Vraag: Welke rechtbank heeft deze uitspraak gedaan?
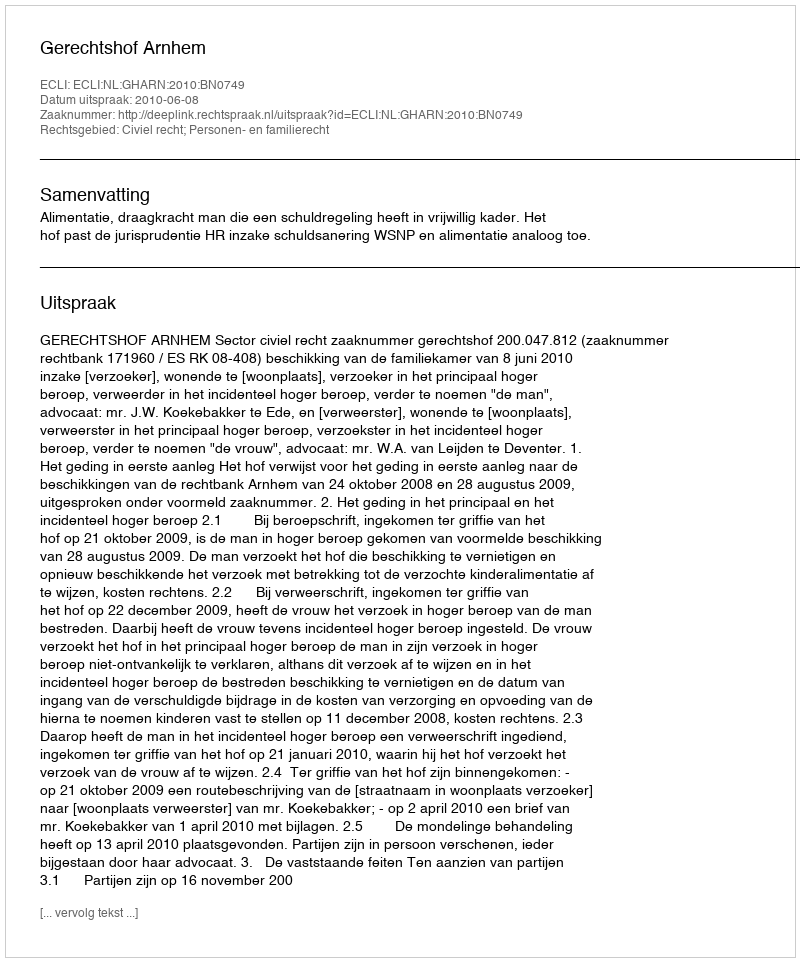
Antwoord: Gerechtshof Arnhem